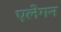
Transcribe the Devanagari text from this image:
एलेगन